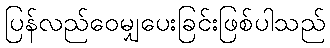
ပြန်လည်ဝေမျှပေးခြင်းဖြစ်ပါသည်